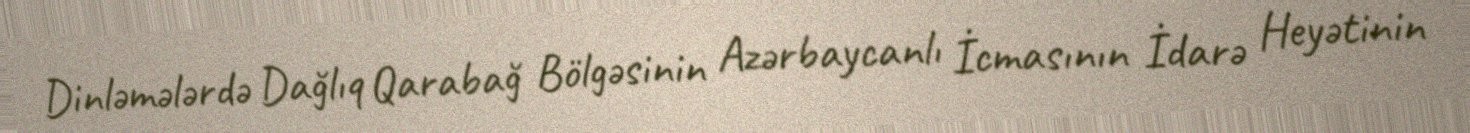
Dinləmələrdə Dağlıq Qarabağ Bölgəsinin Azərbaycanlı İcmasının İdarə Heyətinin